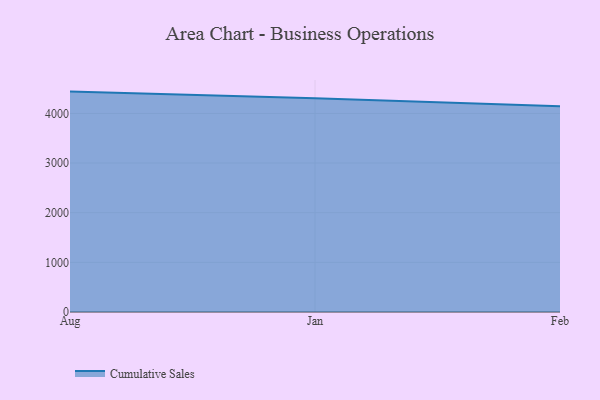
{"axis": {"x": "Month", "y": "Gross Profit (USD K)"}, "legend": ["Cumulative Sales"], "data": [{"x": "Aug", "y": 4439.2, "type": "Cumulative Sales"}, {"x": "Jan", "y": 4307.3, "type": "Cumulative Sales"}, {"x": "Feb", "y": 4145.3, "type": "Cumulative Sales"}]}